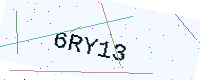
Text: 6RY13